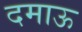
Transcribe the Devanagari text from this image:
दमाऊ